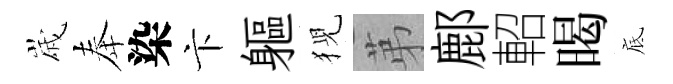
𡻕奉染卞軀猊苐鄜軺暍底